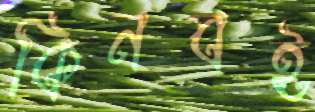
কিনবই